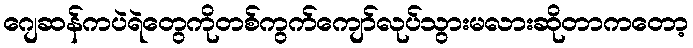
ဂျေဆန်ကပဲရဲတွေကိုတစ်ကွက်ကျော်လုပ်သွားမလားဆိုတာကတော့